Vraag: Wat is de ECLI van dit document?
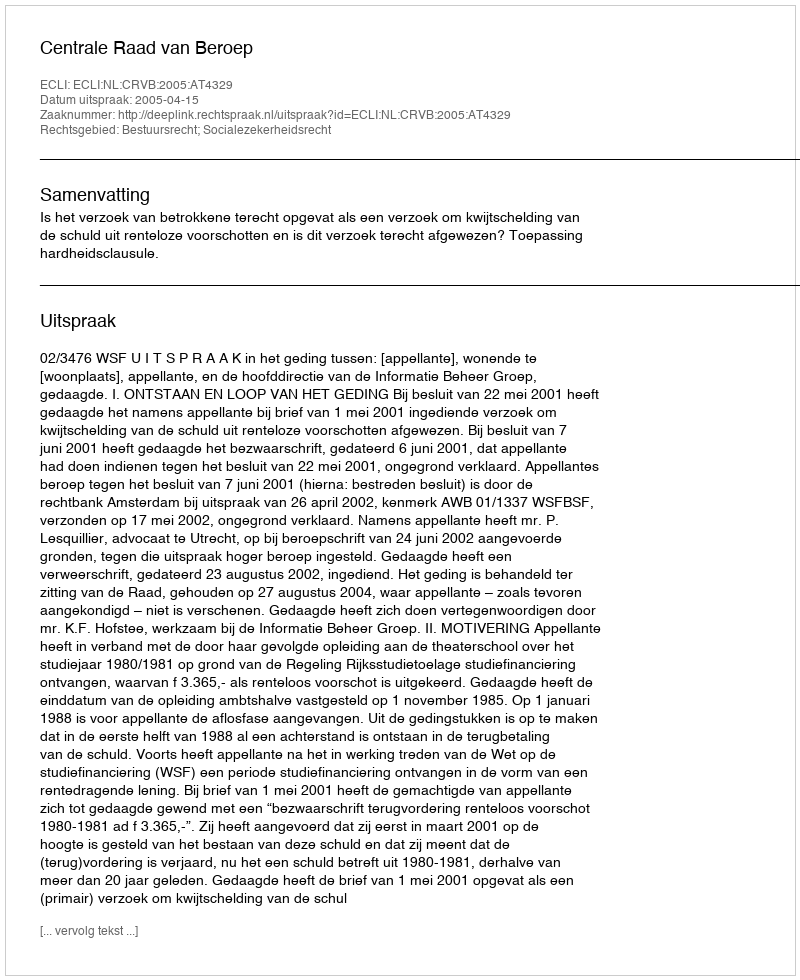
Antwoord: ECLI:NL:CRVB:2005:AT4329